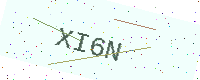
Text: XI6N